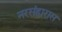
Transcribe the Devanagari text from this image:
नरसंहारास